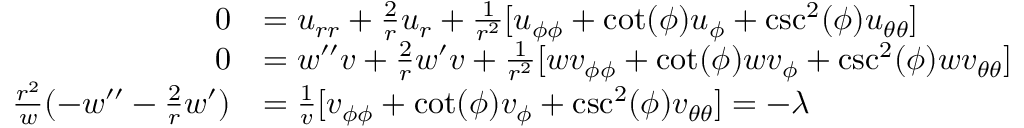
\begin{array} { r l } { 0 } & { = u _ { r r } + \frac { 2 } { r } u _ { r } + \frac { 1 } { r ^ { 2 } } [ u _ { \phi \phi } + \cot ( \phi ) u _ { \phi } + \csc ^ { 2 } ( \phi ) u _ { \theta \theta } ] } \\ { 0 } & { = w ^ { \prime \prime } v + \frac { 2 } { r } w ^ { \prime } v + \frac { 1 } { r ^ { 2 } } [ w v _ { \phi \phi } + \cot ( \phi ) w v _ { \phi } + \csc ^ { 2 } ( \phi ) w v _ { \theta \theta } ] } \\ { \frac { r ^ { 2 } } { w } ( - w ^ { \prime \prime } - \frac { 2 } { r } w ^ { \prime } ) } & { = \frac { 1 } { v } [ v _ { \phi \phi } + \cot ( \phi ) v _ { \phi } + \csc ^ { 2 } ( \phi ) v _ { \theta \theta } ] = - \lambda } \end{array}